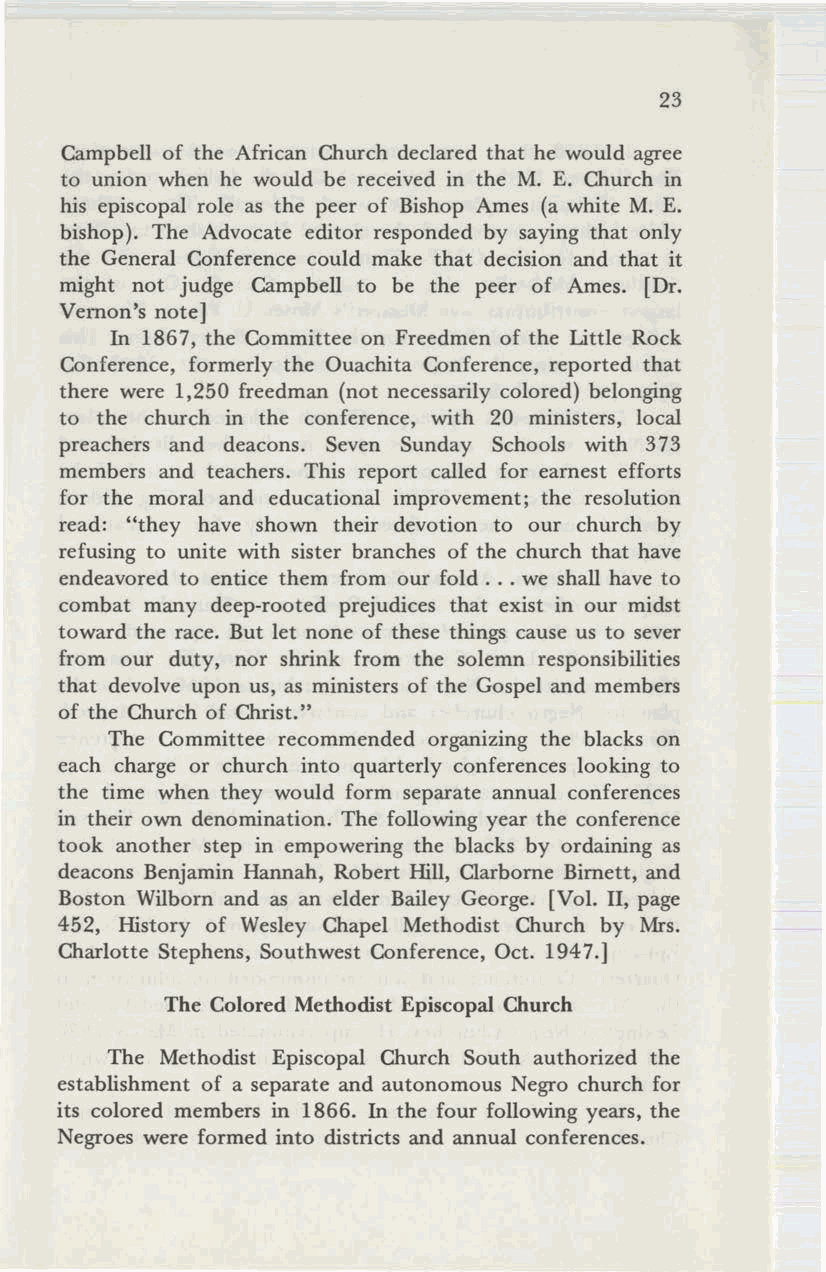
23
 Campbell of the African Church declared that he would agree
 to union when he would be received in the M. E. Church in
 his episcopal role as the peer of Bishop Ames (a white M. E.
 bishop). The Advocate editor responded by saying that only
 the General Conference could make that decision and that it
 might not judge Campbell to be the peer of Ames. [Dr.
 Vernon's note]
 In 1867, the Committee on Freedmen of the Little Rock
 Conference, formerly the Ouachita Conference, reported that
 there were 1,250 freedman (not necessarily colored) belonging
 to the church in the conference, with 20 ministers, local
 preachers and deacons. Seven Sunday Schools with 373
 members and teachers. This report called for earnest efforts
 for the moral and educational improvement; the resolution
 read: "they have shown their devotion to our church by
 refusing to unite with sister branches of the church that have
 endeavored to entice them from our fold ... we shall have to
 combat many deep-rooted prejudices that exist in our midst
 toward the race. But let none of these things cause us to sever
 from our duty, nor shrink from the solemn responsibilities
 that devolve upon us, as ministers of the Gospel and members
 of the Church of Christ."
 The Committee recommended organizing the blacks on
 each charge or church into quarterly conferences looking to
 the time when they would form separate annual conferences
 in their own denomination. The following year the conference
 took another step in empowering the blacks by ordaining as
 deacons Benjamin Hannah, Robert Hill, Clarborne Birnett, and
 Boston Wilborn and as an elder Bailey George. [Vol. II, page
 452, History of Wesley Chapel Methodist Church by Mrs.
 Charlotte Stephens, Southwest Conference, Oct. 1947.]
 The Colored Methodist Episcopal Church
 The Methodist Episcopal Church South authorized the
 establishment of a separate and autonomous Negro church for
 its colored members in 1866. In the four following years, the
 Negroes were formed into districts and annual conferences.